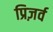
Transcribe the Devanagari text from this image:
प्रिज़र्व